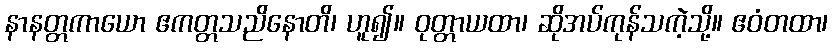
နာနတ္တကာယော ဧကတ္တသညိနောတိ၊ ဟူ၍။ ဝုတ္တာယထာ၊ ဆိုအပ်ကုန်သကဲ့သို့။ ဧဝံတထာ၊